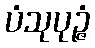
ပံသုပုဉ္ဇံ